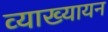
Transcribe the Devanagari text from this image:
व्याख्यायन